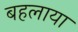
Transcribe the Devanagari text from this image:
बहलाया